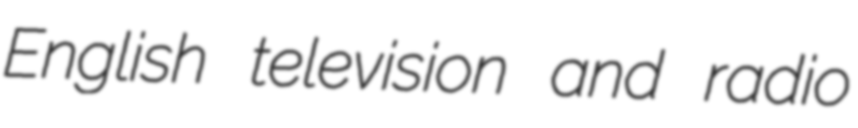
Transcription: English television and radio